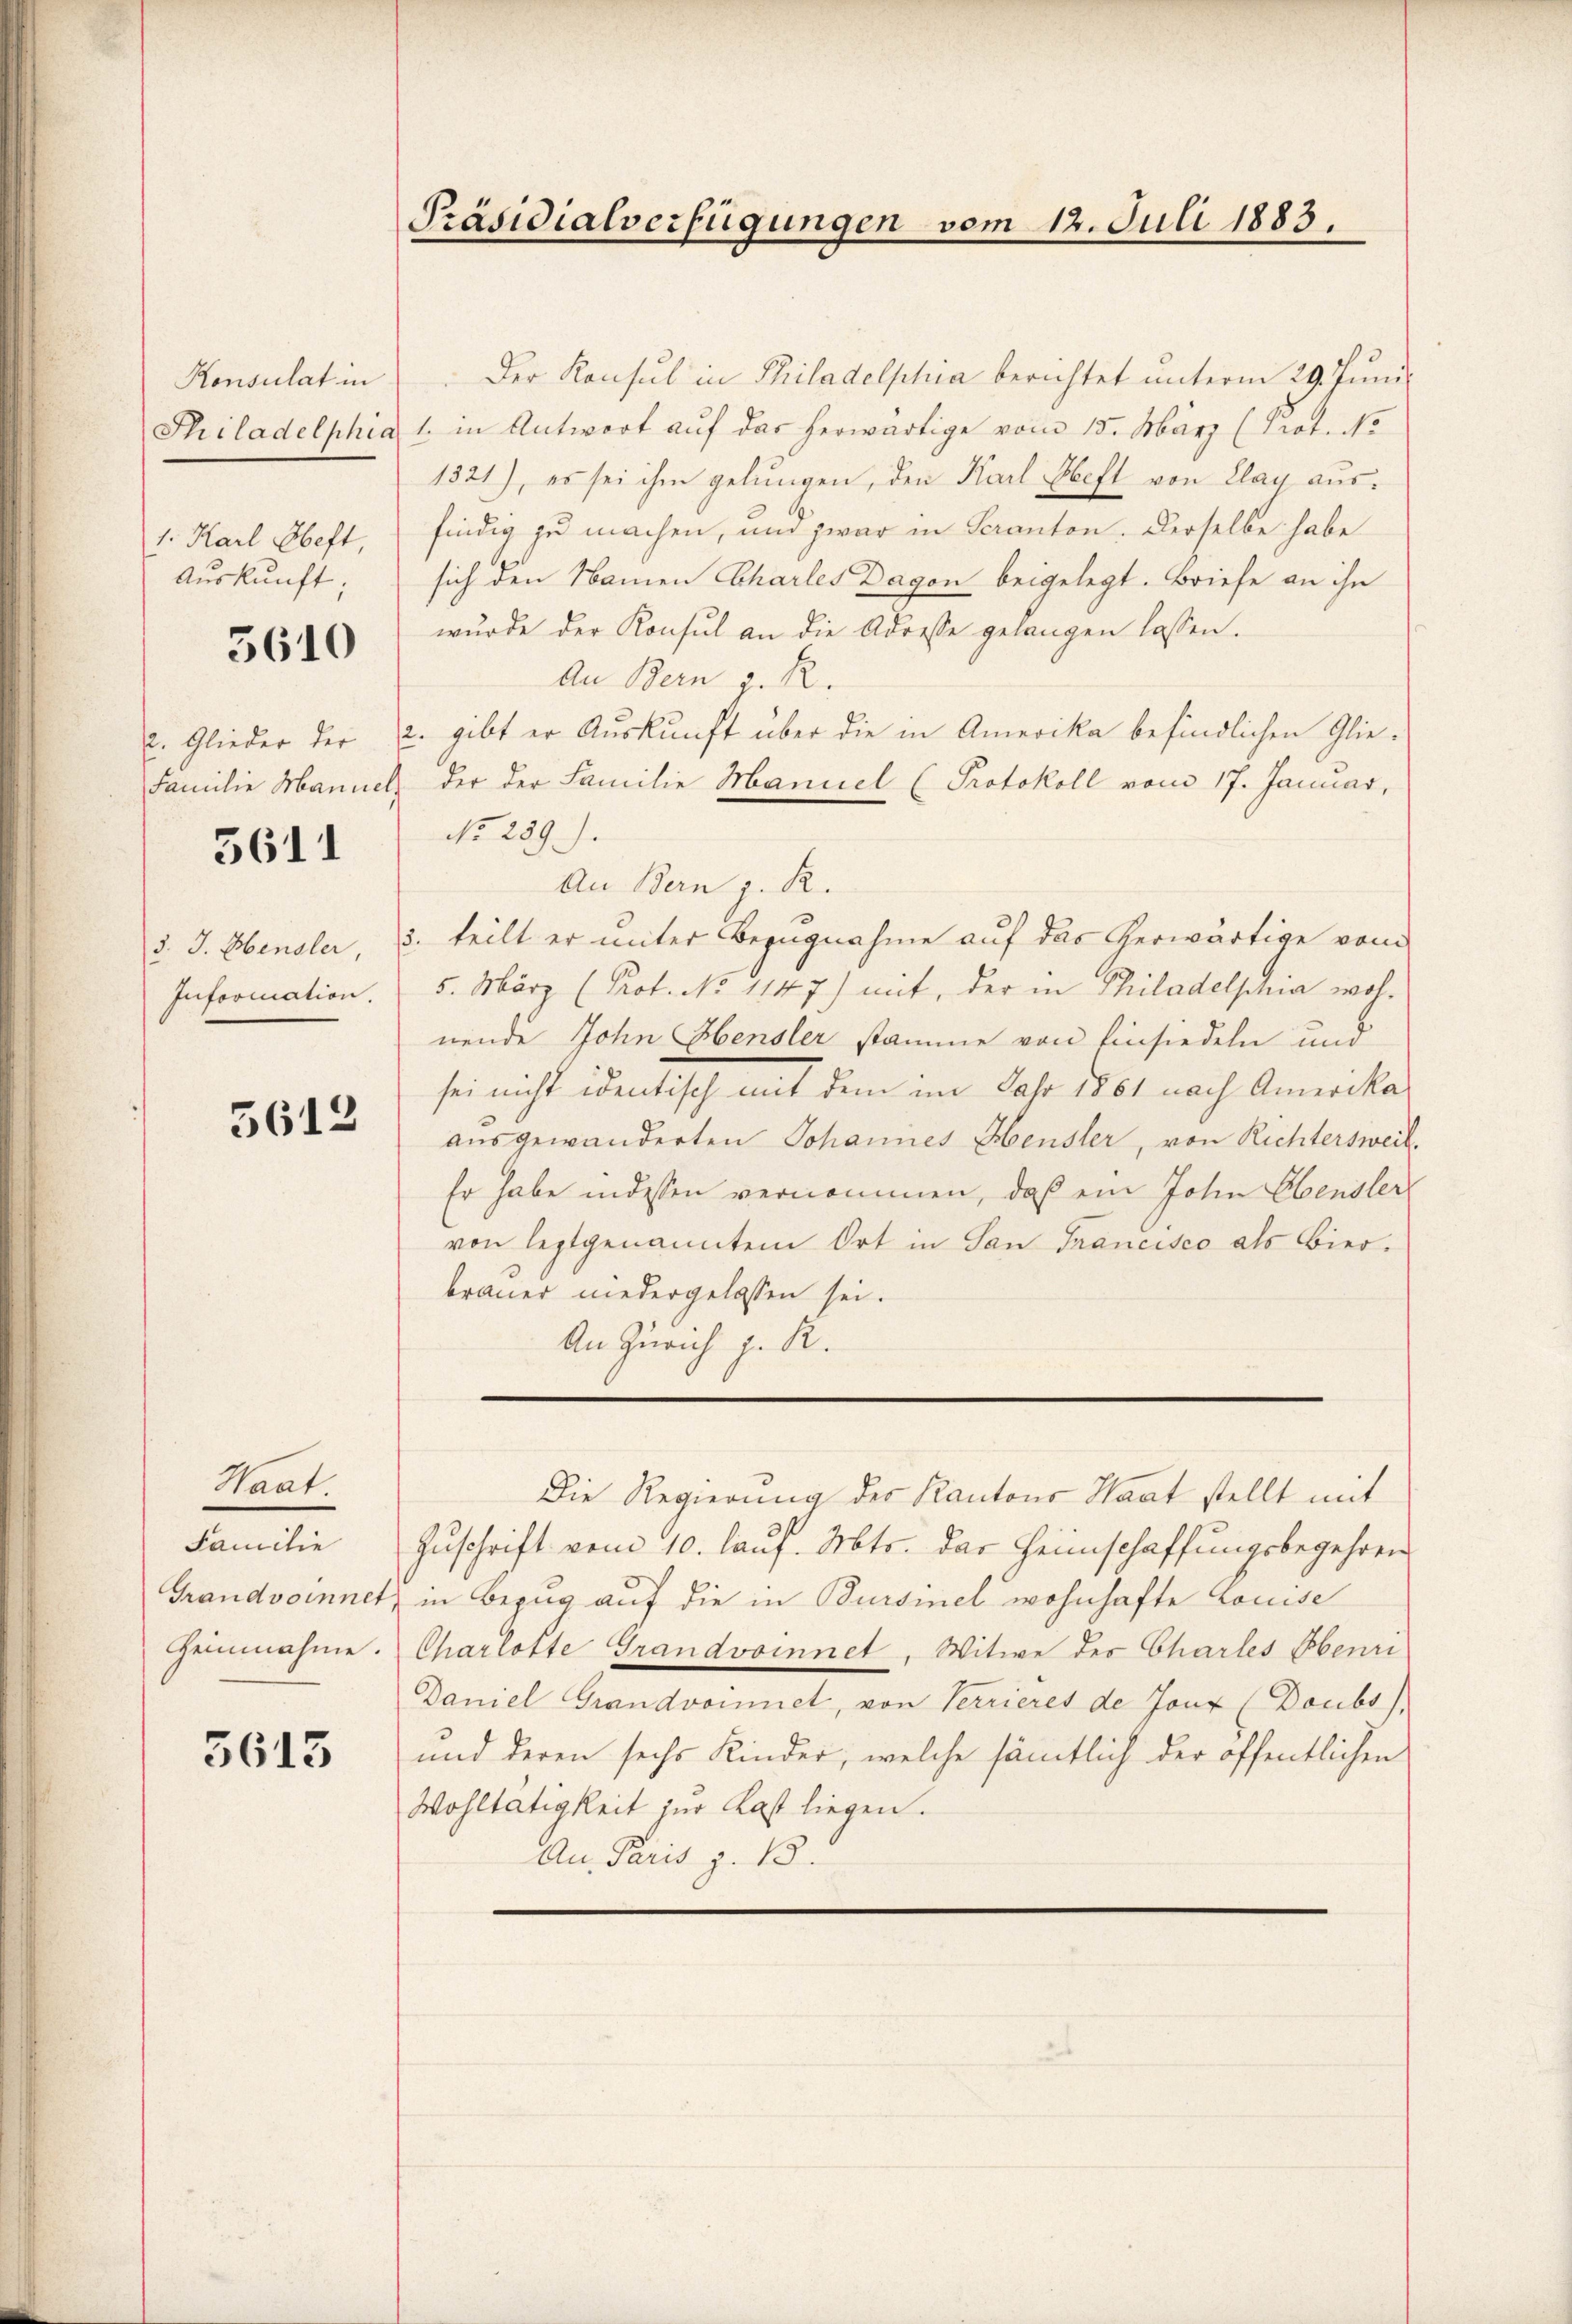
Konsulat in
1. Karl Heft,
Auskunft;

3610

2. Glieder der
Familie Manner

3611

3. J. Hensler,
Inforication.

5612

Staat.
Familie
Grandvoinnet
Heinnahme.

5613

Präsidialverfügungen vom 12. Juli 1883.

Der Konsul in Philadelphia berichtet unterm 29. Juni
Thiladelphia 1. in Antwort aŭf das herwärtige vom 15. März (Prot. No
1321), es sei ihm gelungen, den Karl Heft von Clag ausfindig zu machen, und zwar in Seranton. Derselbe habe
sich den Namen Charles Dagon beigelegt. Briefe an ihn
wurde der Konsul an die Adresse gelangen lassen.
An Bern R.
u. gibt er Auskunft über die in Amerika befindlichen Glie¬
2. der der Familie Mannel (Protokoll vom 17. Januar,
No 239).
An Bern z. R.
3. teilt er unter Bezugnahme auf das herwärtige vom
5. März (Prot. No 1147) mit, der in Philadelphia wohnende John Hensler stamme von Einsiedeln und
sei nicht identisch mit dem im Jahr 1861 nach Amerika-
ausgewanderten Johannes Heusler, von Richtersweil.
Er habe indessen vernommen, daß ein John Ebensler
von leztgenanntem Ort in San Francisco als Bierbrauer niedergelassen sei.
An Zürich z. R.

Die Regierung der Kantons Haat stellt mit
Zuschrift vom 10. lauf. Mts. das Heimschaffungsbegehren
t in Bezug auf die in Bursmel wohnhafte Louise
Charlotte Grandvoinnet, Witwe des Charles Oberri
Daniel Grandvomniet, von Verrieres de Joux (Doubs),
und deren sechs Kinder, welche sämmtlich der öffentlichen
Wohltätigkeit zur Kast liegen.
An Paris p. 13.